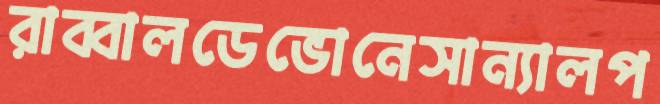
রাব্বালডেভোনেসান্যালপ